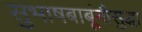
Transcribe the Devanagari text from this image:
सुभाषबाबूंनीसुद्धा